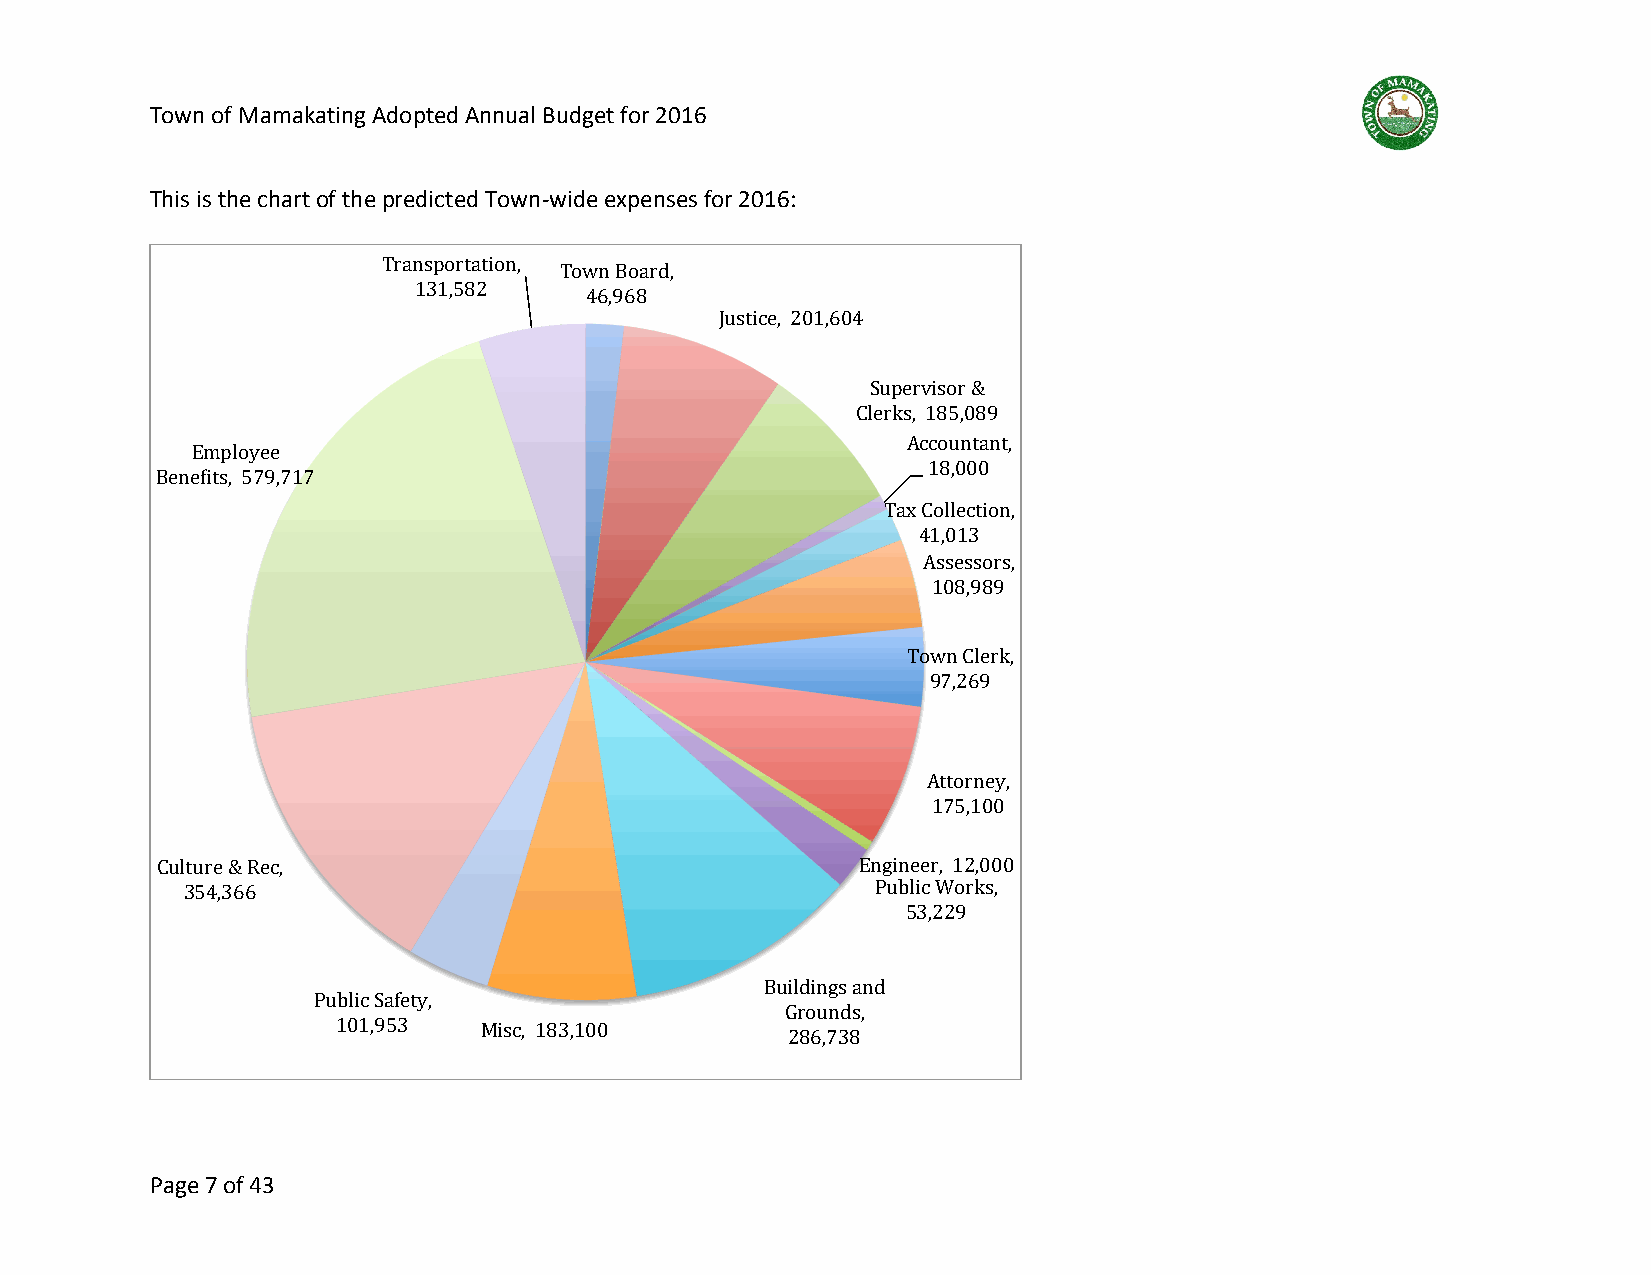
Town of Mamakating Adopted Annual Budget for 2016
 This is the chart of the predicted Town-wide expenses for 2016:
 Transportation,
 Town Board,
 131,582
 46,968
 Justice, 201,604
 Supervisor &
 Clerks, 185,089
 Accountant,
 Employee
 18,000
 Benebits, 579,717
 Tax Collection,
 41,013
 Assessors,
 108,989
 Town Clerk,
 97,269
 Attorney,
 175,100
 Culture & Rec,                                 Engineer, 12,000
 354,366                                       Public Works,
 53,229
 Buildings and
 Public Safety,
 Grounds,
 101,953   Misc, 183,100
 286,738
 Page 7 of 43